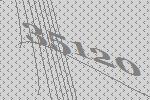
35120